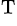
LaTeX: {}^{\mathrm{T}}